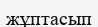
жұптасып